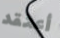
أعتقد